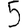
Digit: 5